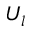
U _ { l }